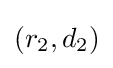
(r_{2},d_{2})